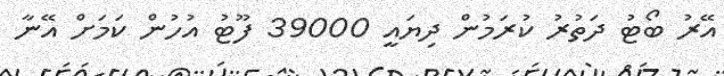
އޭރު ބޯޓު ދަތުރު ކުރަމުން ދިޔައީ 39000 ފޫޓު އުހުން ކަމަށް އޭނާ